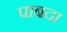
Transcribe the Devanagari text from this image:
पाबदा